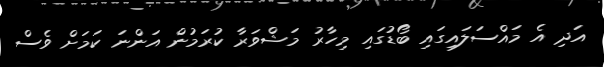
އަދި އެ މައްސަލައިގައި ބޯޑުގައި މިހާރު މަޝްވަރާ ކުރަމުން އަންނަ ކަމަށް ވެސް